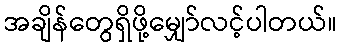
အချိန်တွေရှိဖို့မျှော်လင့်ပါတယ်။